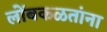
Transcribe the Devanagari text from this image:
लोंबकळतांना